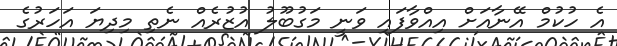
އެ ހުކުމް އޭނާއަށް އިއްވާފައި ވަނީ މަގުބޫލު އުޒުރެއް ނެތި މިދިޔަ އަހަރުގެ